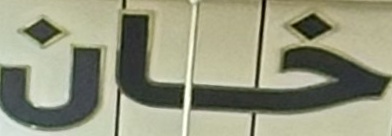
خان